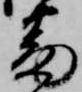
番